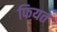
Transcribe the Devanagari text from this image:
फियत